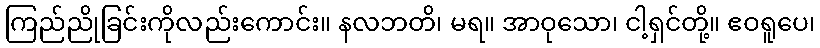
ကြည်ညိုခြင်းကိုလည်းကောင်း။ နလဘတိ၊ မရ။ အာဝုသော၊ ငါ့ရှင်တို့။ ဧဝရူပေ၊